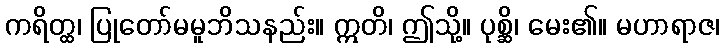
ကရိတ္ထ၊ ပြုတော်မမူဘိသနည်း။ ဣတိ၊ ဤသို့။ ပုစ္ဆိ၊ မေး၏။ မဟာရာဇ၊